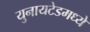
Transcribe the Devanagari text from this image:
युनायटेडमध्ये